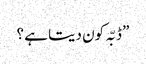
” ڈبّہ کون دیتا ہے ؟